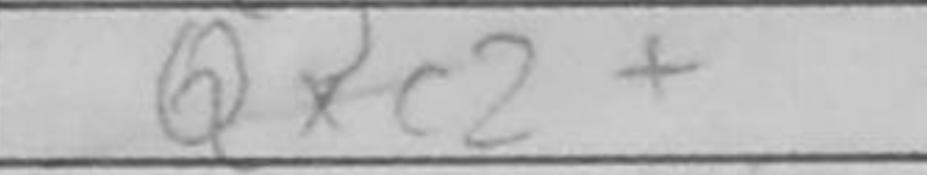
Transcription: Qxc2+